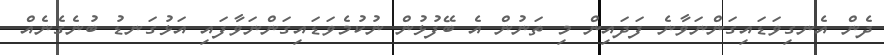
ދެން އެނގިވަޑައިގަންނަވާނެ ފަދައިން މި ތަނުން އެ ބޭފުޅުން ނުކުމެވަޑައިގަންނަވާފައި އަޅުގަނޑު ބުނެގެނެއް